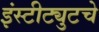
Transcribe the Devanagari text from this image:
इंस्टीट्युटचे